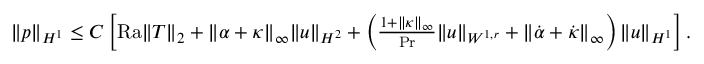
\begin{array} { r } { \| p \| _ { H ^ { 1 } } \leq C \left[ \mathrm { { R a } } \| T \| _ { 2 } + \| \alpha + \kappa \| _ { \infty } \| u \| _ { H ^ { 2 } } + \left( \frac { 1 + \| \kappa \| _ { \infty } } { \mathrm { P r } } \| u \| _ { W ^ { 1 , r } } + \| \dot { \alpha } + \dot { \kappa } \| _ { \infty } \right) \| u \| _ { H ^ { 1 } } \right] . } \end{array}